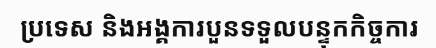
ប្រទេស និងអង្គការបួនទទួលបន្ទុកកិច្ចការ